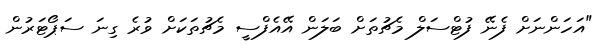
"އަހަންނަށް ފެނޭ ފުޓްސަލް މެޗުތަށް ބަލަން އޭއެފްސީ މެޗުތަކަށް ވުރެ ގިނަ ސަޕޯޓަރުން